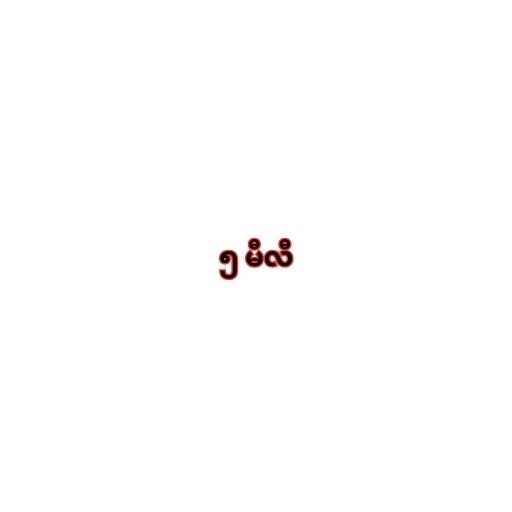
၅ မီလီ